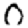
Digit: 0